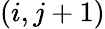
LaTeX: (i,j+1)